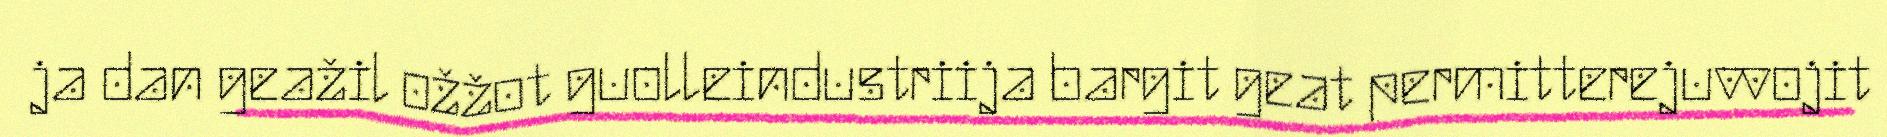
ja dan geažil ožžot guolleindustriija bargit geat permitterejuvvojit